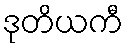
ဒုတိယကီ